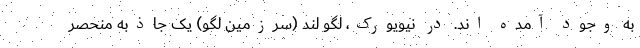
به وجود آمده اند. در نیویورک، لگو لند (سرزمین لگو) یک جاذبه منحصر